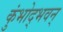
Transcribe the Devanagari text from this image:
कुंभोद्भवन्